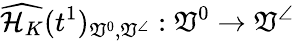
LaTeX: \widehat{\mathcal{H}_{K}}(t^{1})_{\mathfrak{V}^{0},\mathfrak{V}^{\angle}}:\mathfrak{V}^{0}\to\mathfrak{V}^{\angle}